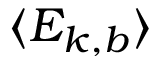
\langle E _ { k , b } \rangle